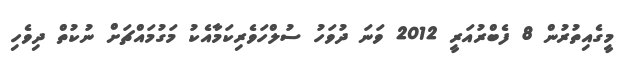
މީގެއިތުރުން 8 ފެބްރުއަރީ 2012 ވަނަ ދުވަހު ސުލްހަވެރިކަމާއެކު މަގުމައްޗަށް ނުކުތް ދިވެހި